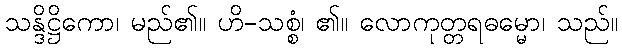
သန္ဒိဋ္ဌိကော၊ မည်၏။ ဟိ-သစ္စံ၊ ၏။ လောကုတ္တရဓမ္မော၊ သည်။